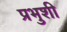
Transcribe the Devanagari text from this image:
प्रभुशी